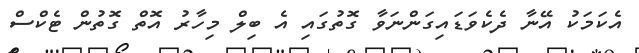
އެކަމަކު އޭނާ ދެކެވަޑައިގަންނަވާ ގޮތުގައި އެ ބިލް މިހާރު އޮތް ގޮތުން ޓެކްސް